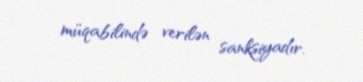
müqabilində verilən sanksiyadır.